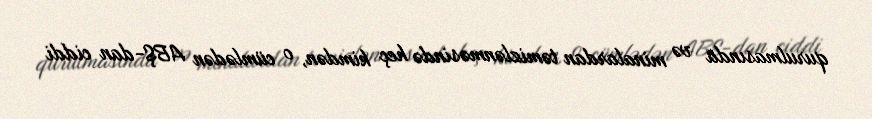
qurulmasında və minalardan təmizlənməsində heç kimdən, o cümlədən ABŞ-dan ciddi